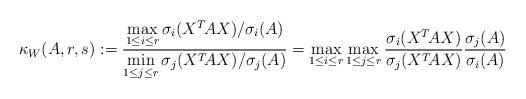
LaTeX: \begin{align*} \kappa_W (A,r,s):= \frac{\max\limits_{1\leq i \leq r}\sigma_i(X^T\!AX)/\sigma_i(A)}{\min\limits_{1\leq j \leq r}\sigma_j(X^T\!AX)/\sigma_j(A)} = \max\limits_{1\leq i \leq r}\max\limits_{1\leq j \leq r}\frac{\sigma_i(X^T\!AX)}{\sigma_j(X^T\!AX)}\frac{\sigma_j(A)}{\sigma_i(A)}\end{align*}